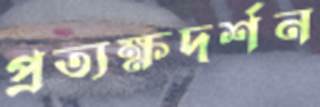
প্রত্যক্ষদর্শন